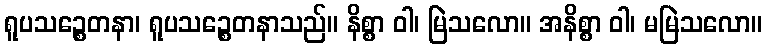
ရူပသဉ္စေတနာ၊ ရူပသဉ္စေတနာသည်။ နိစ္စာ ဝါ၊ မြဲသလော။ အနိစ္စာ ဝါ၊ မမြဲသလော။